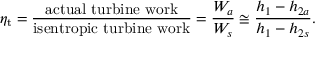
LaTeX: \eta _ { \mathrm { t } } = { \frac { \mathrm { a c t u a l ~ t u r b i n e ~ w o r k } } { \mathrm { i s e n t r o p i c ~ t u r b i n e ~ w o r k } } } = { \frac { W _ { a } } { W _ { s } } } \cong { \frac { h _ { 1 } - h _ { 2 a } } { h _ { 1 } - h _ { 2 s } } } .